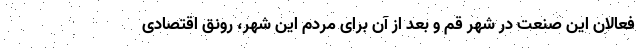
فعالان این صنعت در شهر قم و بعد از آن برای مردم این شهر، رونق اقتصادی